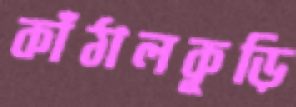
কাঁঠালকূড়ি